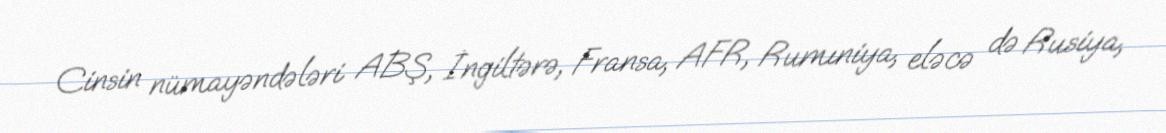
Cinsin nümayəndələri ABŞ, İngiltərə, Fransa, AFR, Rumıniya, eləcə də Rusiya,